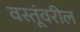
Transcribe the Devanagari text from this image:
वस्तूंवरील